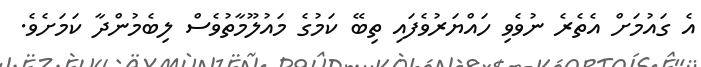
އެ ގައުމަށް އެތެރެ ނުވެވި ހައްޔަރުވެފައި ތިބޭ ކަމުގެ މައުލޫމާތުވެސް ލިބެމުންދާ ކަމަށެވެ.